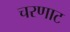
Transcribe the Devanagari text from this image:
चरणाट